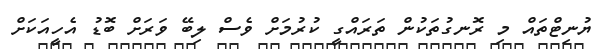
ޔުނިޓްތައް މި ރޮނގުތަކުން ތަރައްގީ ކުރުމަށް ވެސް ލިބޭ ވަރަށް ބޮޑު އެހީއަކަށް